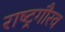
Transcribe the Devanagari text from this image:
राष्‍ट्रगौरव